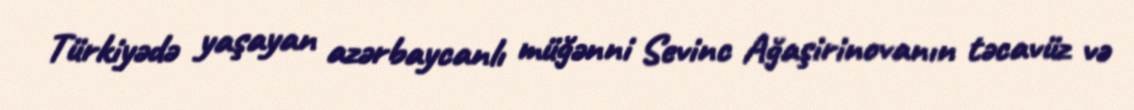
Türkiyədə yaşayan azərbaycanlı müğənni Sevinc Ağaşirinovanın təcavüz və